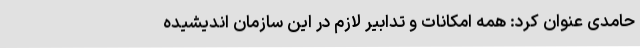
حامدی عنوان کرد: همه امکانات و تدابیر لازم در این سازمان اندیشیده